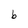
Character: b